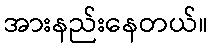
အားနည်းနေတယ်။